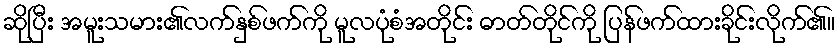
ဆိုပြီး အမူးသမား၏လက်နှစ်ဖက်ကို မူလပုံစံအတိုင်း ဓာတ်တိုင်ကို ပြန်ဖက်ထားခိုင်းလိုက်၏။